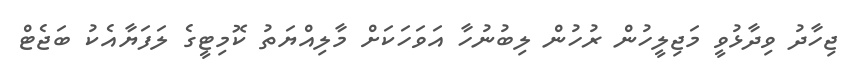
ޖިހާދު ވިދާޅުވީ މަޖިލީހުން ރުހުން ލިބުނުހާ އަވަހަކަށް މާލިއްޔަތު ކޮމިޓީގެ ލަފަޔާއެކު ބަޖެޓް